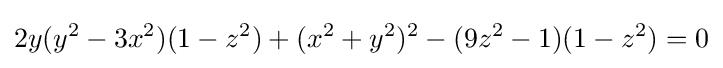
2y(y^{2}-3x^{2})(1-z^{2})+(x^{2}+y^{2})^{2}-(9z^{2}-1)(1-z^{2})=0